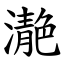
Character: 濪